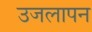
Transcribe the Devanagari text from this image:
उजलापन